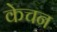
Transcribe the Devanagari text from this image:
केचन